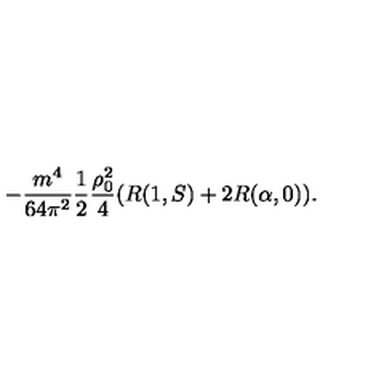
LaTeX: - \frac { m ^ { 4 } } { 6 4 \pi ^ { 2 } } \frac 1 2 \frac { \rho _ { 0 } ^ { 2 } } 4 ( R ( 1 , S ) + 2 R ( \alpha , 0 ) ) .